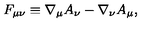
F _ { \mu \nu } \equiv \nabla _ { \mu } A _ { \nu } - \nabla _ { \nu } A _ { \mu } ,